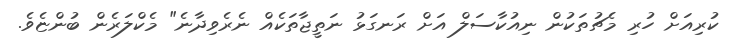
ކުރިއަށް ހުރި މެޗުތަކުން ނިއުކާސަލް އަށް ރަނގަޅު ނަތީޖާތަކެއް ނެރެވިދާނެ" މެކްލަރެން ބުންޏެވެ.